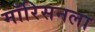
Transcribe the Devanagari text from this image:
मॉरिसनला